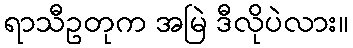
ရာသီဥတုက အမြဲ ဒီလိုပဲလား။